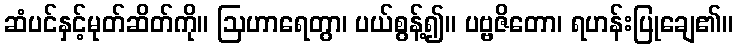
ဆံပင်နှင့်မုတ်ဆိတ်ကို။ ဩဟာရေတွာ၊ ပယ်စွန့်၍။ ပဗ္ဗဇိတော၊ ရဟန်းပြုချေ၏။